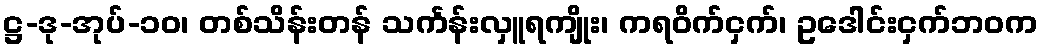
ဋ္ဌ-ဒု-အုပ်-၁၀၊ တစ်သိန်းတန် သင်္ကန်းလှူရကျိုး၊ ကရဝိက်ငှက်၊ ဥဒေါင်းငှက်ဘဝက